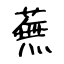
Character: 蕪